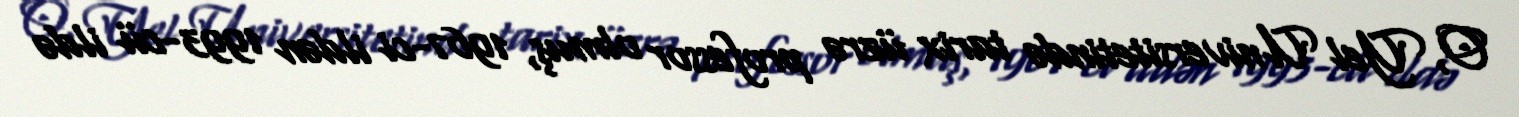
O, Yel Universitetində tarix üzrə professor olmuş, 1967-ci ildən 1993-cü ildə